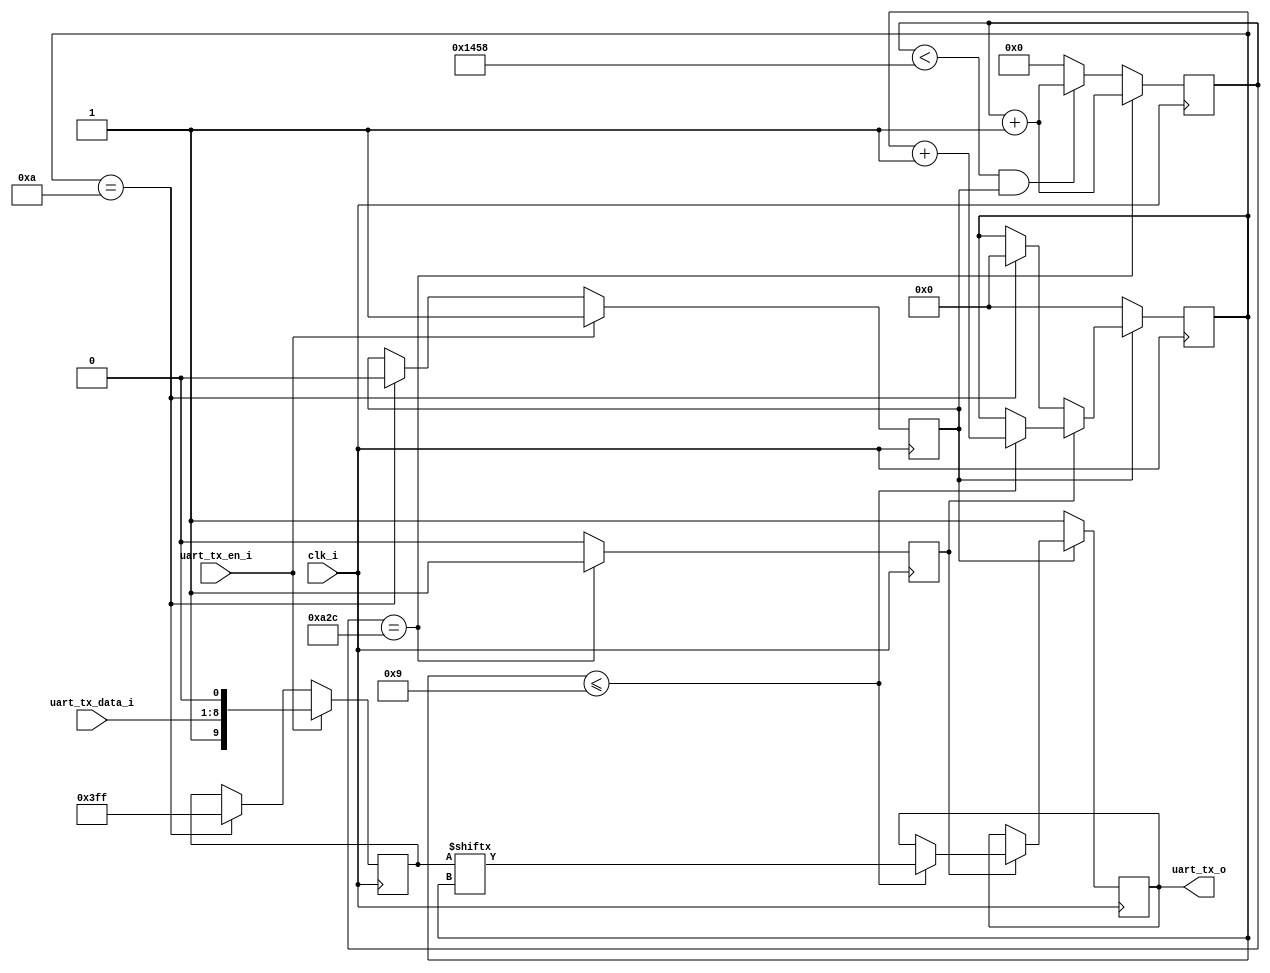
`timescale 1ns / 1ps

module uart_tx_path(
	input clk_i,

	input [7:0] uart_tx_data_i,	         //
	input uart_tx_en_i,			         //
	
	output uart_tx_o
);

parameter BAUD_DIV     = 13'd5208;      //9600bps50Mhz/9600=5208
parameter BAUD_DIV_CAP = 13'd2604;      //50Mhz/9600/2=2604

reg [12:0] baud_div=0;			         //
reg baud_bps=0;				             //,
(* MARKDEBUG = "TRUE" *)reg [9:0] send_data=10'b1111111111;     //1bit+8bit+1bit
(* MARKDEBUG = "TRUE" *)reg [3:0] bit_num=0;	                //
reg uart_send_flag=0;	                //
reg uart_tx_o_r=1;		                //

always@(posedge clk_i)
begin
	if(baud_div==BAUD_DIV_CAP)	        //baud_bps
		begin
			baud_bps<=1'b1;
			baud_div<=baud_div+1'b1;
		end
	else if(baud_div<BAUD_DIV && uart_send_flag)//
		begin
			baud_div<=baud_div+1'b1;
			baud_bps<=0;	
		end
	else
		begin
			baud_bps<=0;
			baud_div<=0;
		end
end

always@(posedge clk_i)
begin
	if(uart_tx_en_i)	//
		begin
			uart_send_flag<=1'b1;
			send_data<={1'b1,uart_tx_data_i,1'b0};//1bit0+8bit+1bit
		end
	else if(bit_num==4'd10)	//
		begin
			uart_send_flag<=1'b0;
			send_data<=10'b1111_1111_11;
		end
end

always@(posedge clk_i)
begin
	if(uart_send_flag)	//
		begin
			if(baud_bps)//
				begin
					if(bit_num<=4'd9)
						begin
							uart_tx_o_r<=send_data[bit_num];	//
							bit_num<=bit_num+1'b1;
						end
				end
			else if(bit_num==4'd10)
				bit_num<=4'd0;
		end
	else
		begin
			uart_tx_o_r<=1'b1;	//
			bit_num<=0;
		end
end

assign uart_tx_o=uart_tx_o_r;

endmodule